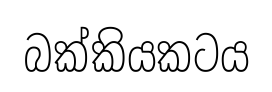
බක්කියකටය